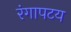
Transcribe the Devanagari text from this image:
रंगापटय